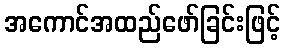
အကောင်အထည်ဖော်ခြင်းဖြင့်